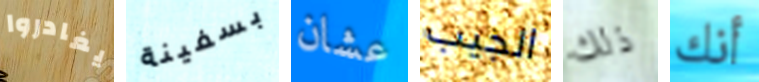
يغادروا بسفينة عشان الجيب ذلك أنك